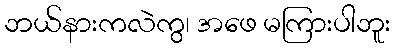
ဘယ်နားကလဲကွ၊ အဖေ မကြားပါဘူး